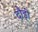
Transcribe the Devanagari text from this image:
दौड़ीं